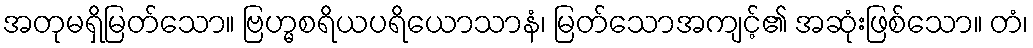
အတုမရှိမြတ်သော။ ဗြဟ္မစရိယပရိယောသာနံ၊ မြတ်သောအကျင့်၏ အဆုံးဖြစ်သော။ တံ၊